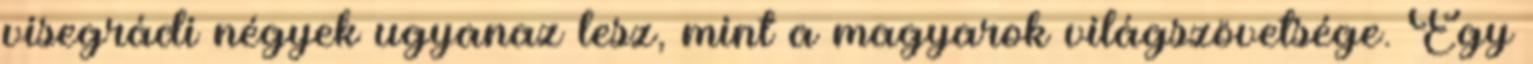
visegrádi négyek ugyanaz lesz, mint a magyarok világszövetsége. Egy